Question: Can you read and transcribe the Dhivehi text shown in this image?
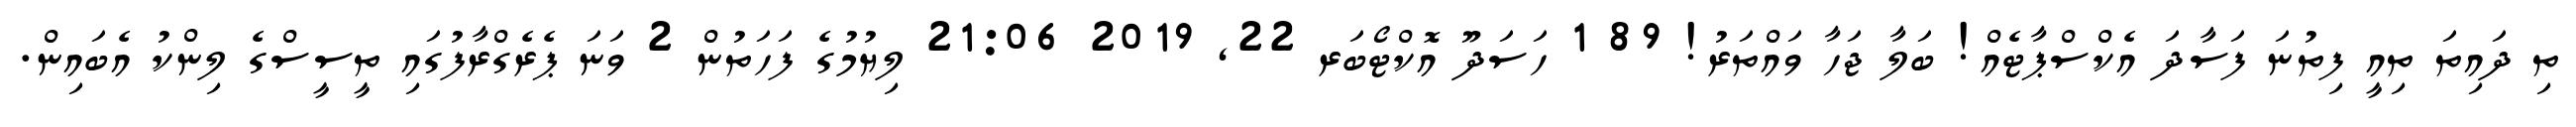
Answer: ތި ދައިތަ ތިއީ ފިތުނަ ފަސާދަ އެކްސްޕާޓެއް! ބަލާ ޖަހާ ވައްތަރު! 89 1 ހަސަދޫ އޮކްޓޯބަރ 22, 2019 21:06 ލިޔުމުގެ ފަހަތުން 2 ވަނަ ޕެރެގްރާފުގައި ތީސީސްގެ ލިންކު އެބައިން.